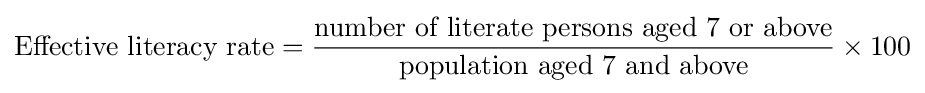
{\text{Effective literacy rate}}={\frac {\text{number of literate persons aged 7 or above}}{\text{population aged 7 and above}}}\times 100